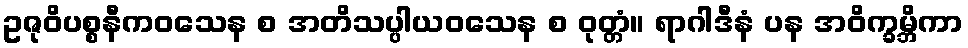
ဥဇုဝိပစ္စနီကဝသေန စ အတိသပ္ပါယဝသေန စ ဝုတ္တံ။ ရာဂါဒီနံ ပန အဝိက္ခမ္ဘိကာ